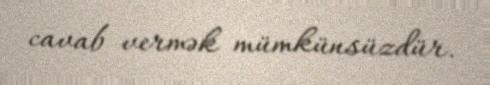
cavab vermək mümkünsüzdür.